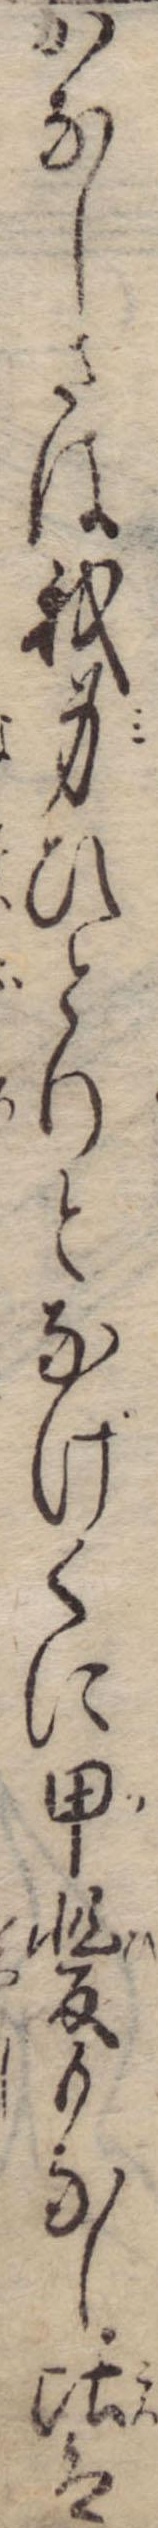
かなしさは我身ひとりとなげくに甲斐もなし比は